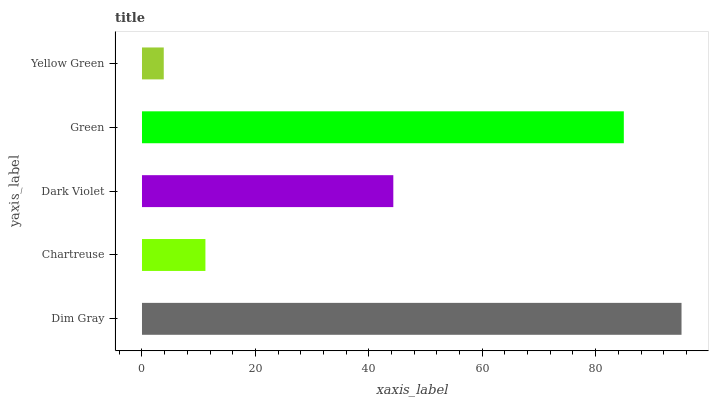
| yaxis_label | bars |
 | --- | --- |
 | Dim Gray | 95.1 |
 | Chartreuse | 11.2 |
 | Dark Violet | 44.3 |
 | Green | 85 |
 | Yellow Green | 3.84 |